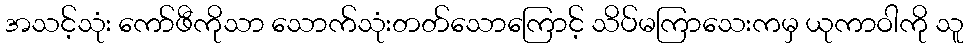
အသင့်သုံး ကော်ဖီကိုသာ သောက်သုံးတတ်သောကြောင့် သိပ်မကြာသေးကမှ ယုကာဝါကို သူ